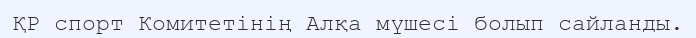
ҚР спорт Комитетінің Алқа мүшесі болып сайланды.